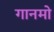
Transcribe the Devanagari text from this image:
गानमो